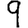
Digit: 9